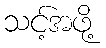
သင့်အဖို့